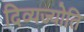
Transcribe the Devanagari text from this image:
दिव्यज्योति